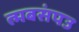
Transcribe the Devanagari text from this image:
त्मबसंपउ